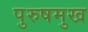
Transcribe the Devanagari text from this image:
पुरुषमुख